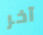
آخر